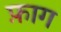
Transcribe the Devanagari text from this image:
फ़ाग